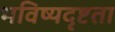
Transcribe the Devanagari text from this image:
भविष्यदृष्टता